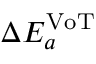
\Delta E _ { a } ^ { \mathrm { V o T } }